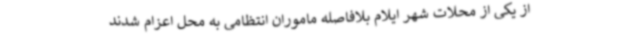
از یکی از محلات شهر ایلام بلافاصله ماموران انتظامی به محل اعزام شدند